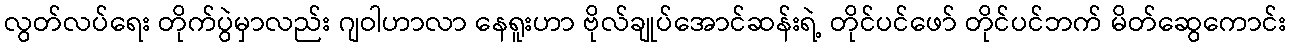
လွတ်လပ်ရေး တိုက်ပွဲမှာလည်း ဂျဝါဟာလာ နေရူးဟာ ဗိုလ်ချုပ်အောင်ဆန်းရဲ့ တိုင်ပင်ဖော် တိုင်ပင်ဘက် မိတ်ဆွေကောင်း